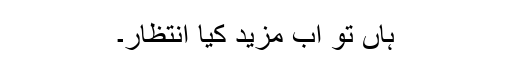
ہاں تو اب مزید کیا انتظار۔